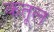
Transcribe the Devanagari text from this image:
कतूल